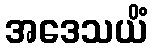
အဒေသယိံ